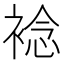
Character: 𧛋